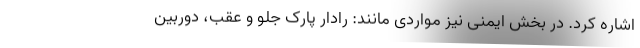
اشاره کرد. در بخش ایمنی نیز مواردی مانند: رادار پارک جلو و عقب، دوربین